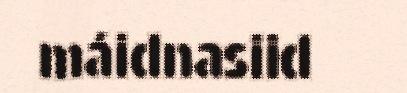
máidnasiid